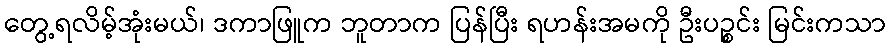
တွေ့ရလိမ့်အုံးမယ်၊ ဒကာဖြူက ဘူတာက ပြန်ပြီး ရဟန်းအမကို ဦးပဉ္စင်း မြင်းကသာ